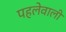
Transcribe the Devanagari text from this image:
पहलेवाली